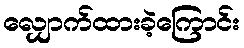
လျှောက်ထားခဲ့ကြောင်း